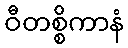
ဝီတစ္စိကာနံ